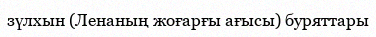
зүлхын (Ленаның жоғарғы ағысы) буряттары